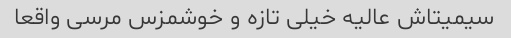
سیمیتاش‌ عالیه خیلی تازه و خوشمزس مرسی واقعا